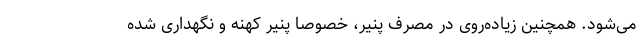
می‌شود. همچنین زیاده‌روی در مصرف پنیر، خصوصا پنیر کهنه و نگهداری شده